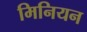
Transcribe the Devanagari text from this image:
मिनियन